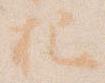
把